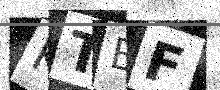
Text: KTBF